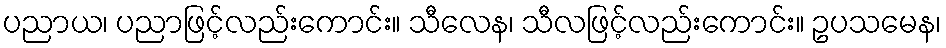
ပညာယ၊ ပညာဖြင့်လည်းကောင်း။ သီလေန၊ သီလဖြင့်လည်းကောင်း။ ဥပသမေန၊